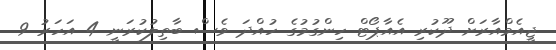
ޖީއެމްއާރަށް ދޫކުރި އެއާޕޯޓް ހިންގުމުގެ ހުއްދަ ވެސް ބާތިލުކުރަނީ 4 އަހަރު 9